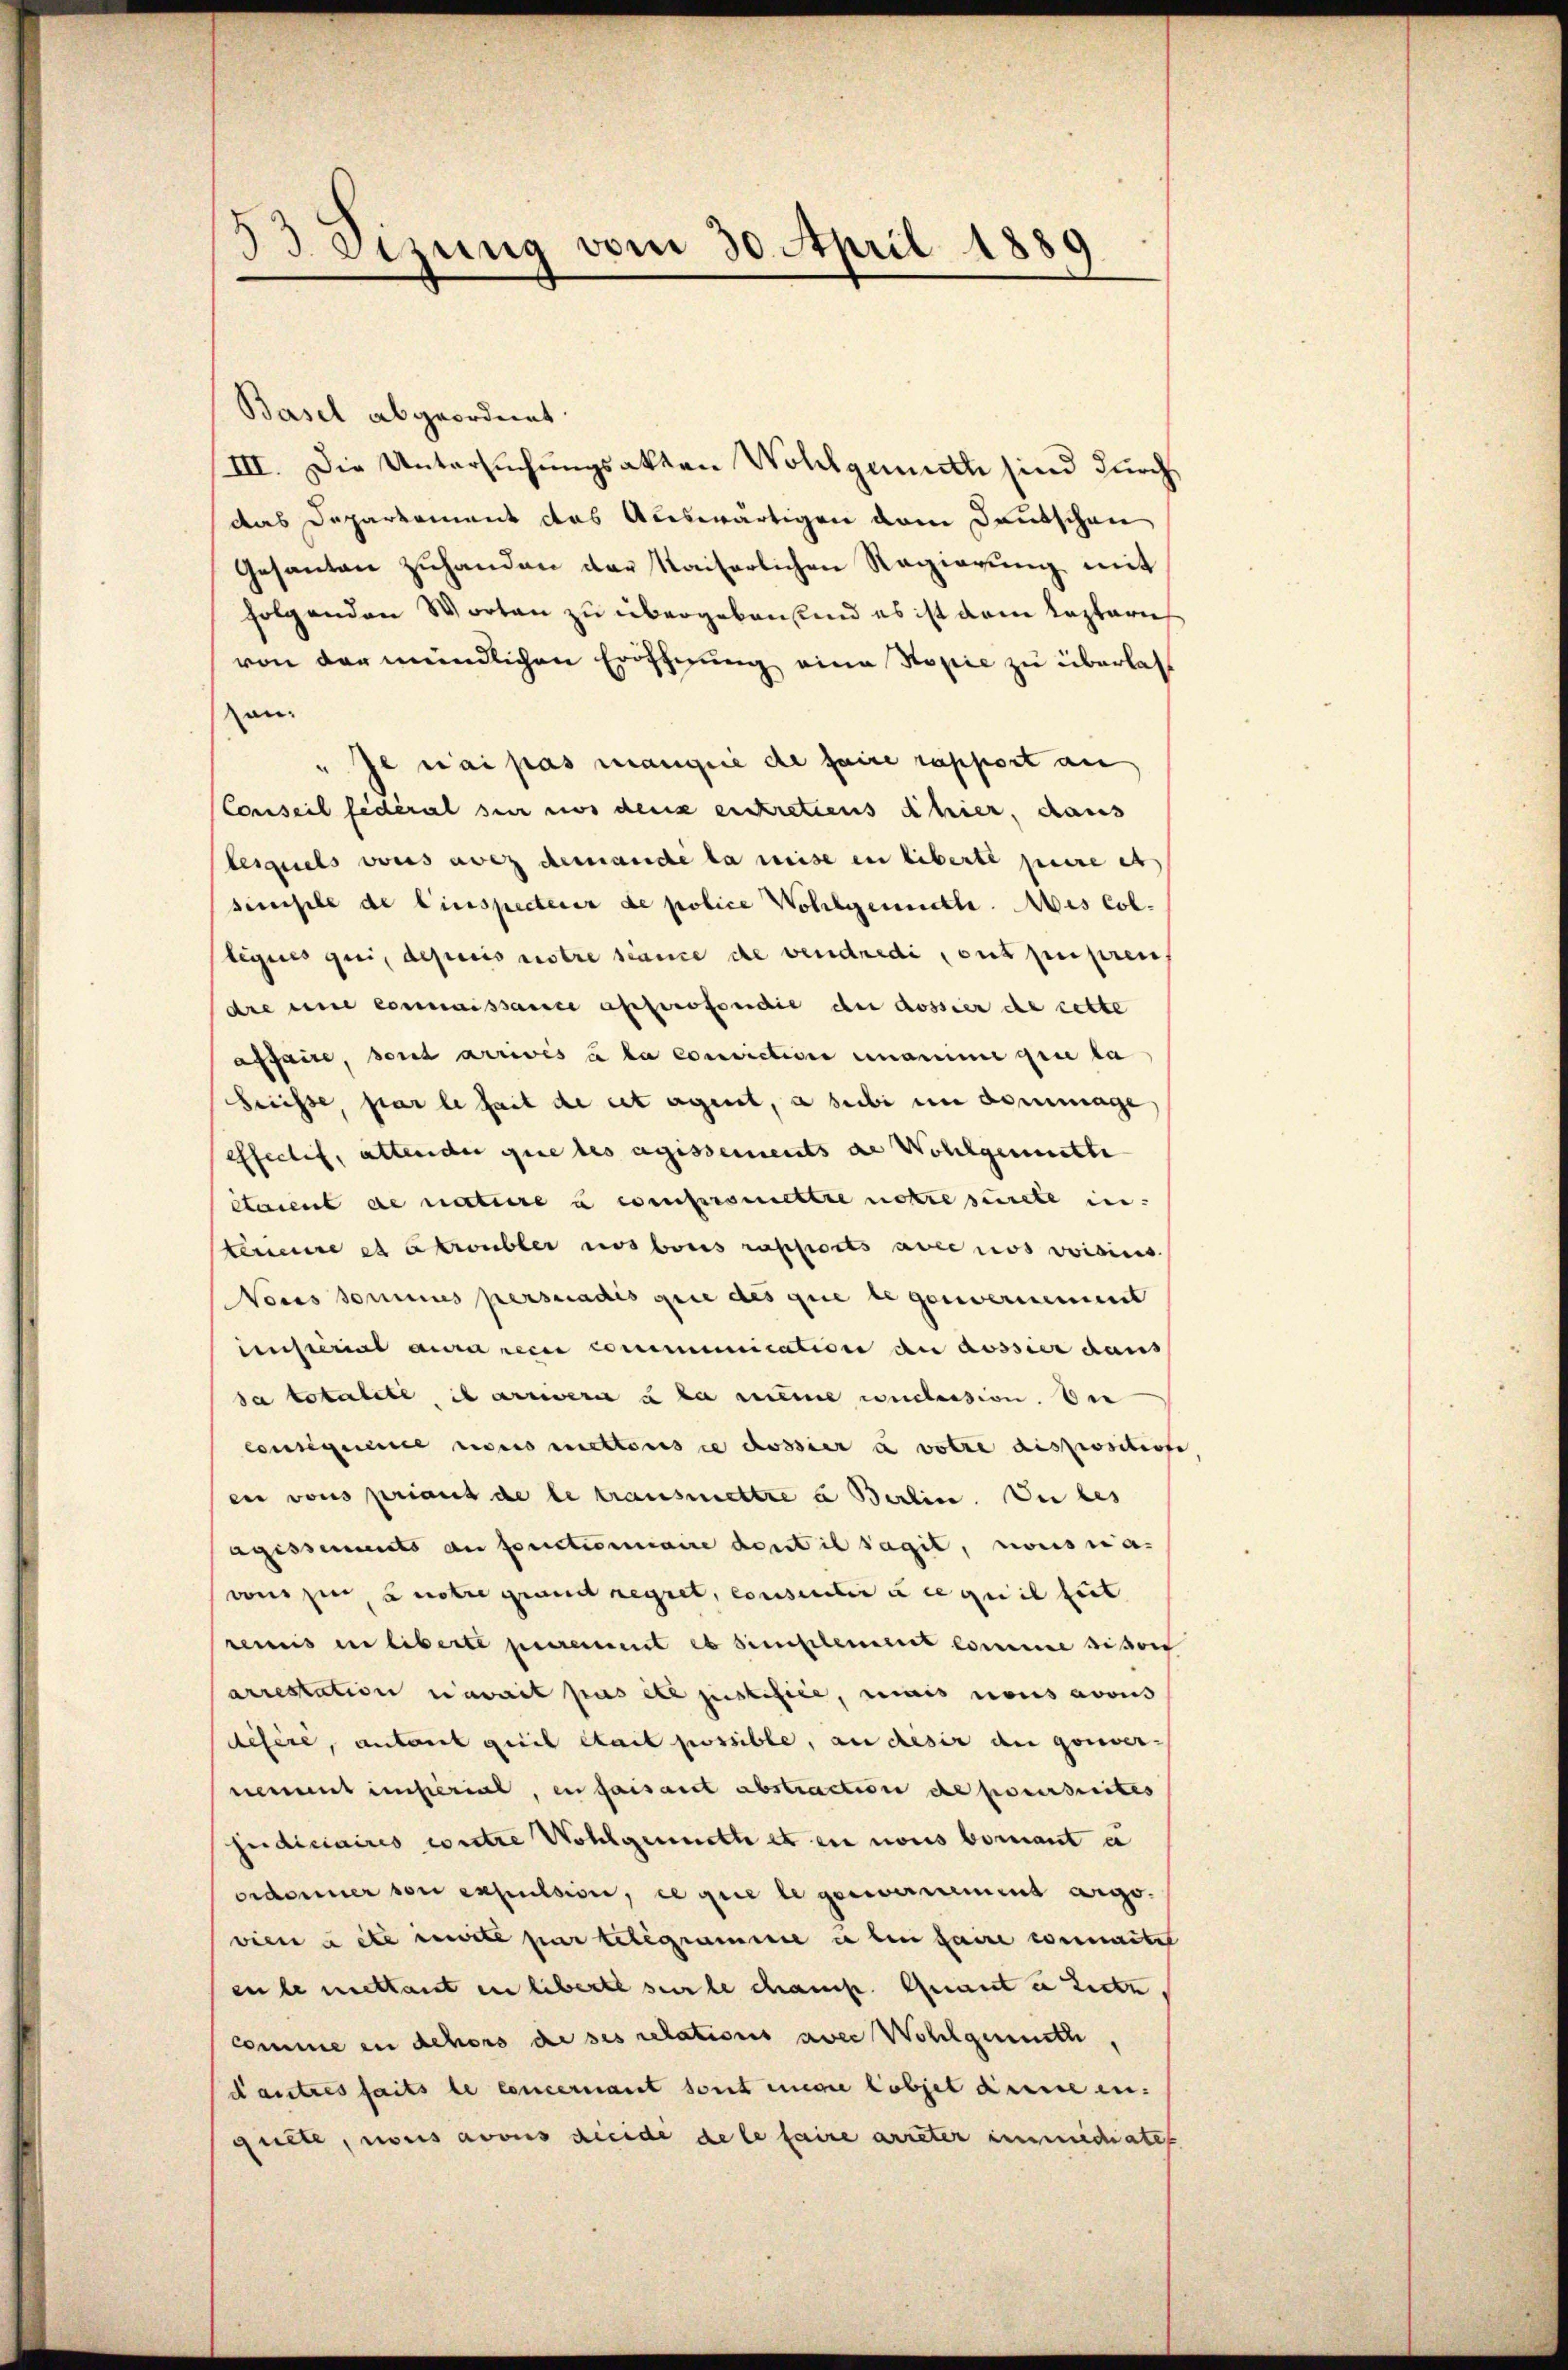
Basel abgeordnet.
III. Die Untersuchungsakten Wohlgemuth sind durch
das Departement des Auswärtigen vom Deutschen
Gesanten zuhanden der Kaiserlichen Regierung mit
folgenden Worten zu übergeben sind es ist dem lezteres
von der mündlichen Eröffnung eine Kopie zu überlasan.
" Je nai pas manquie de faire rapport au
Conseil fédéral sie nos dens entretiens hier, dans
lesquels vons aber demande la mise in liberté pure es
simple de Einspecterer de police Wohlgemutte. Ais Col.
liques qui, depuis erstre stance de vendredi, out puren
dre une connaissance approfondie der dossier de cette
affaire, sont arrivés à la conviction unanime grie da
hrnisse, par le fait de cet agiret, a subi in dommage
effectif, altender que les agissements de Wohlgemutte
étaient de nature u einfersmettre notre suite in
teneure et atroubler nos bois rapports avecios voisins
Nous sommes persnadis quie des que legenvernement
iensterial aura reci communication an aussier dans
sa totalité, il arriere u da meine wuchession. Die
Consequence nous rettous ce dossier a votie dispositione
en vons priant de le transmettre a Berlin. Die bes
agissements an fonctionaire dont il sagit, nonis na
von zu Lustre grand regret, consilie à ce qui il seit
remus in liberte purement es simplement comme sistor
arrestation avait pas etc justifice, mais nous avois
disire, antant qui était possible, an desir du gouvernement imperial, en faisant abstraction de poursuites
judiciaires contre Wohlgerneth et en nous bomant u
ordonner von expulsion, ce que le genomment argo.
viene etc imite par telegramme u bin faire commaritet
en le mettant in liberte sur le champ. Guant i Zerte
comme in dehors de ses relations aver Wohlgemeste,
dautres faits le concernant sont unge lobjet dennen.
gulle, nous avouis dieide de le faire arreter immidiates

Beizung vom 30. April 1889